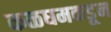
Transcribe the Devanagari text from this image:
कळघमकडून